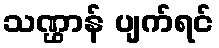
သဏ္ဌာန် ပျက်ရင်